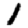
Digit: 1